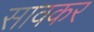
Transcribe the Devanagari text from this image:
सावकर